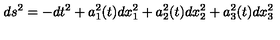
d s ^ { 2 } = - d t ^ { 2 } + a _ { 1 } ^ { 2 } ( t ) d x _ { 1 } ^ { 2 } + a _ { 2 } ^ { 2 } ( t ) d x _ { 2 } ^ { 2 } + a _ { 3 } ^ { 2 } ( t ) d x _ { 3 } ^ { 2 }